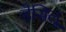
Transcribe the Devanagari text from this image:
डेसिलू